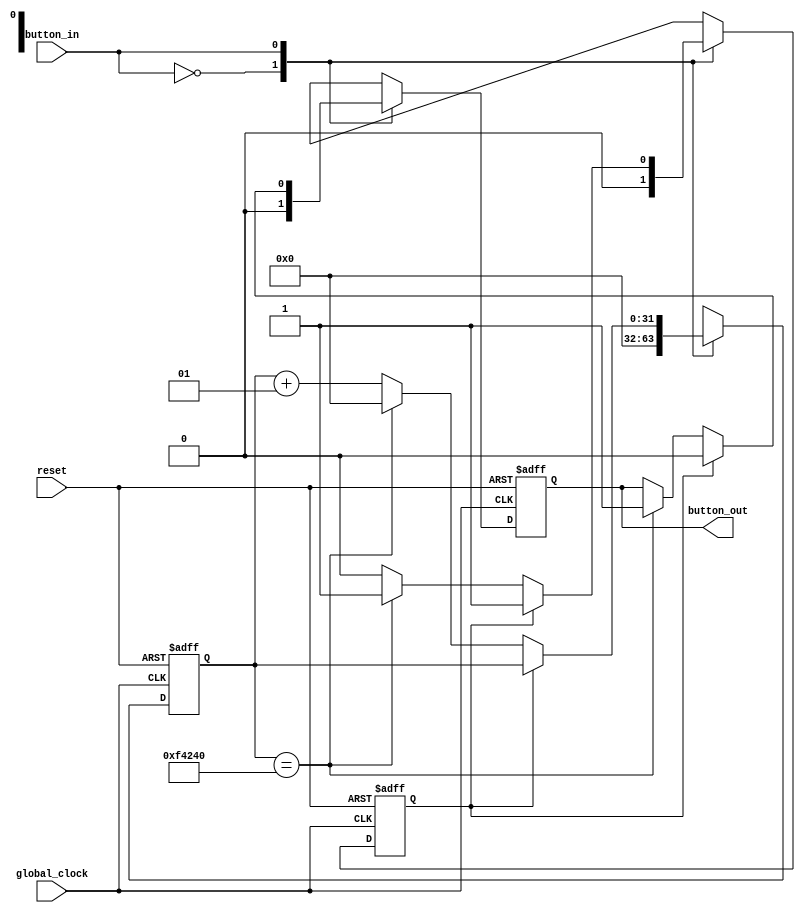
module debouncer_16bit(
    input global_clock,
    input reset,
    input button_in,
    output reg button_out
    );
    reg count_start, output_exist;
//    reg [7:0] deb_count = 8'b00000000;
    integer deb_count = 0;
   always @ (posedge global_clock or negedge reset) begin
     if(!reset) begin
         button_out <= 0;
         count_start <= 0;
         deb_count <= 0;
         output_exist <= 0;
     end else begin
        case(button_in)
        0: {button_out, deb_count, count_start, output_exist} = 0;
        1: if(output_exist == 0) begin 
               if(count_start == 0) begin
                   count_start <= 1;
                   deb_count <= deb_count +1;
                   if(deb_count == 1000000) begin
                       button_out <= 1;
                       count_start <= 0;
                       deb_count <= 0;
                       output_exist <= 1; 
                   end 
               end else begin
                   deb_count <= deb_count + 1;
                   if(deb_count == 1000000) begin
                       button_out <= 1;
                       count_start <= 0;
                       deb_count <= 0;
                       output_exist <= 1; 
                   end
               end               
           end else //caseif
               button_out <= 0;
       endcase  //case
      end //else
   end //always
endmodule